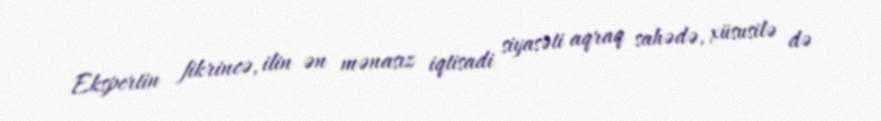
Ekspertin fikrincə, ilin ən mənasız iqtisadi siyasəti aqraq sahədə, xüsusilə də